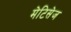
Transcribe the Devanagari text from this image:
मेटिसेज